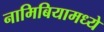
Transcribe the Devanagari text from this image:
नामिबियामध्ये